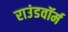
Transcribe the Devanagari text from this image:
राउंडवॉर्म